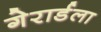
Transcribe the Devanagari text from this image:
गेरार्डला